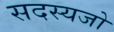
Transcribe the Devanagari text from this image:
सदस्यजो